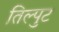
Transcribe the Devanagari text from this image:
तिल्पुट